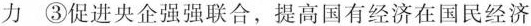
力③促进央企强强联合，提高国有经济在国民经济